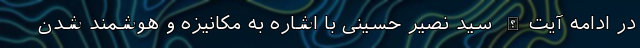
در ادامه آیت‌الله سید نصیر حسینی با اشاره به مکانیزه و هوشمند شدن